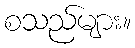
စသည်များ။